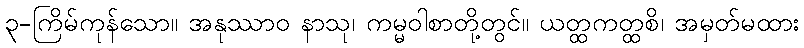
၃-ကြိမ်ကုန်သော။ အနုဿာဝ နာသု၊ ကမ္မဝါစာတို့တွင်။ ယတ္ထကတ္ထစိ၊ အမှတ်မထား